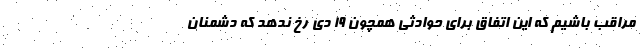
مراقب باشیم که این اتفاق برای حوادثی همچون ۱۹ دی رخ ندهد که دشمنان